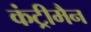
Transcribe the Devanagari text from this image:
कंट्रीमैन